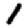
Digit: 1